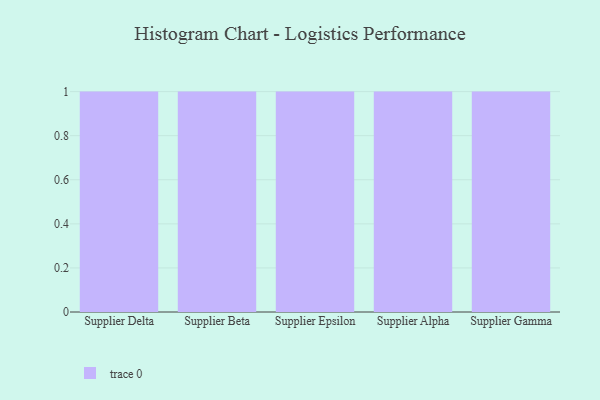
{"axis": {"x": "Supplier", "y": "Active Users"}, "legend": [""], "data": [{"x": "Supplier Delta", "y": 44, "type": ""}, {"x": "Supplier Beta", "y": 79, "type": ""}, {"x": "Supplier Epsilon", "y": 52, "type": ""}, {"x": "Supplier Alpha", "y": 65, "type": ""}, {"x": "Supplier Gamma", "y": 51, "type": ""}]}